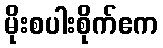
မိုးစပါးစိုက်ဧက